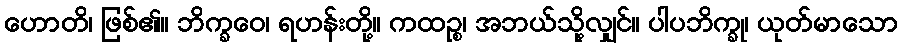
ဟောတိ၊ ဖြစ်၏။ ဘိက္ခဝေ၊ ရဟန်းတို့။ ကထဉ္စ၊ အဘယ်သို့လျှင်။ ပါပဘိက္ခု၊ ယုတ်မာသော